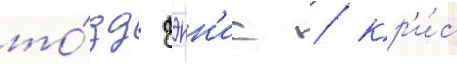
то́дд дэнн'ис / кр'и́с